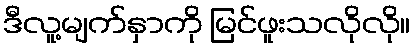
ဒီလူ့မျက်နှာကို မြင်ဖူးသလိုလို။